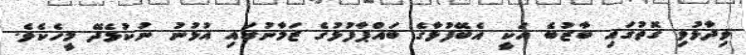
ވިދާޅުވި ގޮތުގައި ބާޒުބެ އަކީ އެބޭފުޅާގެ ބައްޕާފުޅުގެ ޒަމާނުގައި އުޅުނު ނުކުޅެދޭ މީހެކެވެ.